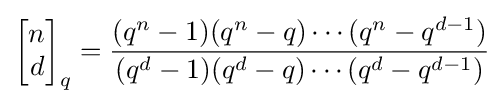
\left[{\begin{matrix}n\\d\end{matrix}}\right]_{q}={\frac {(q^{n}-1)(q^{n}-q)\cdots (q^{n}-q^{d-1})}{(q^{d}-1)(q^{d}-q)\cdots (q^{d}-q^{d-1})}}